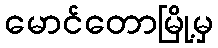
မောင်တောမြို့မှ